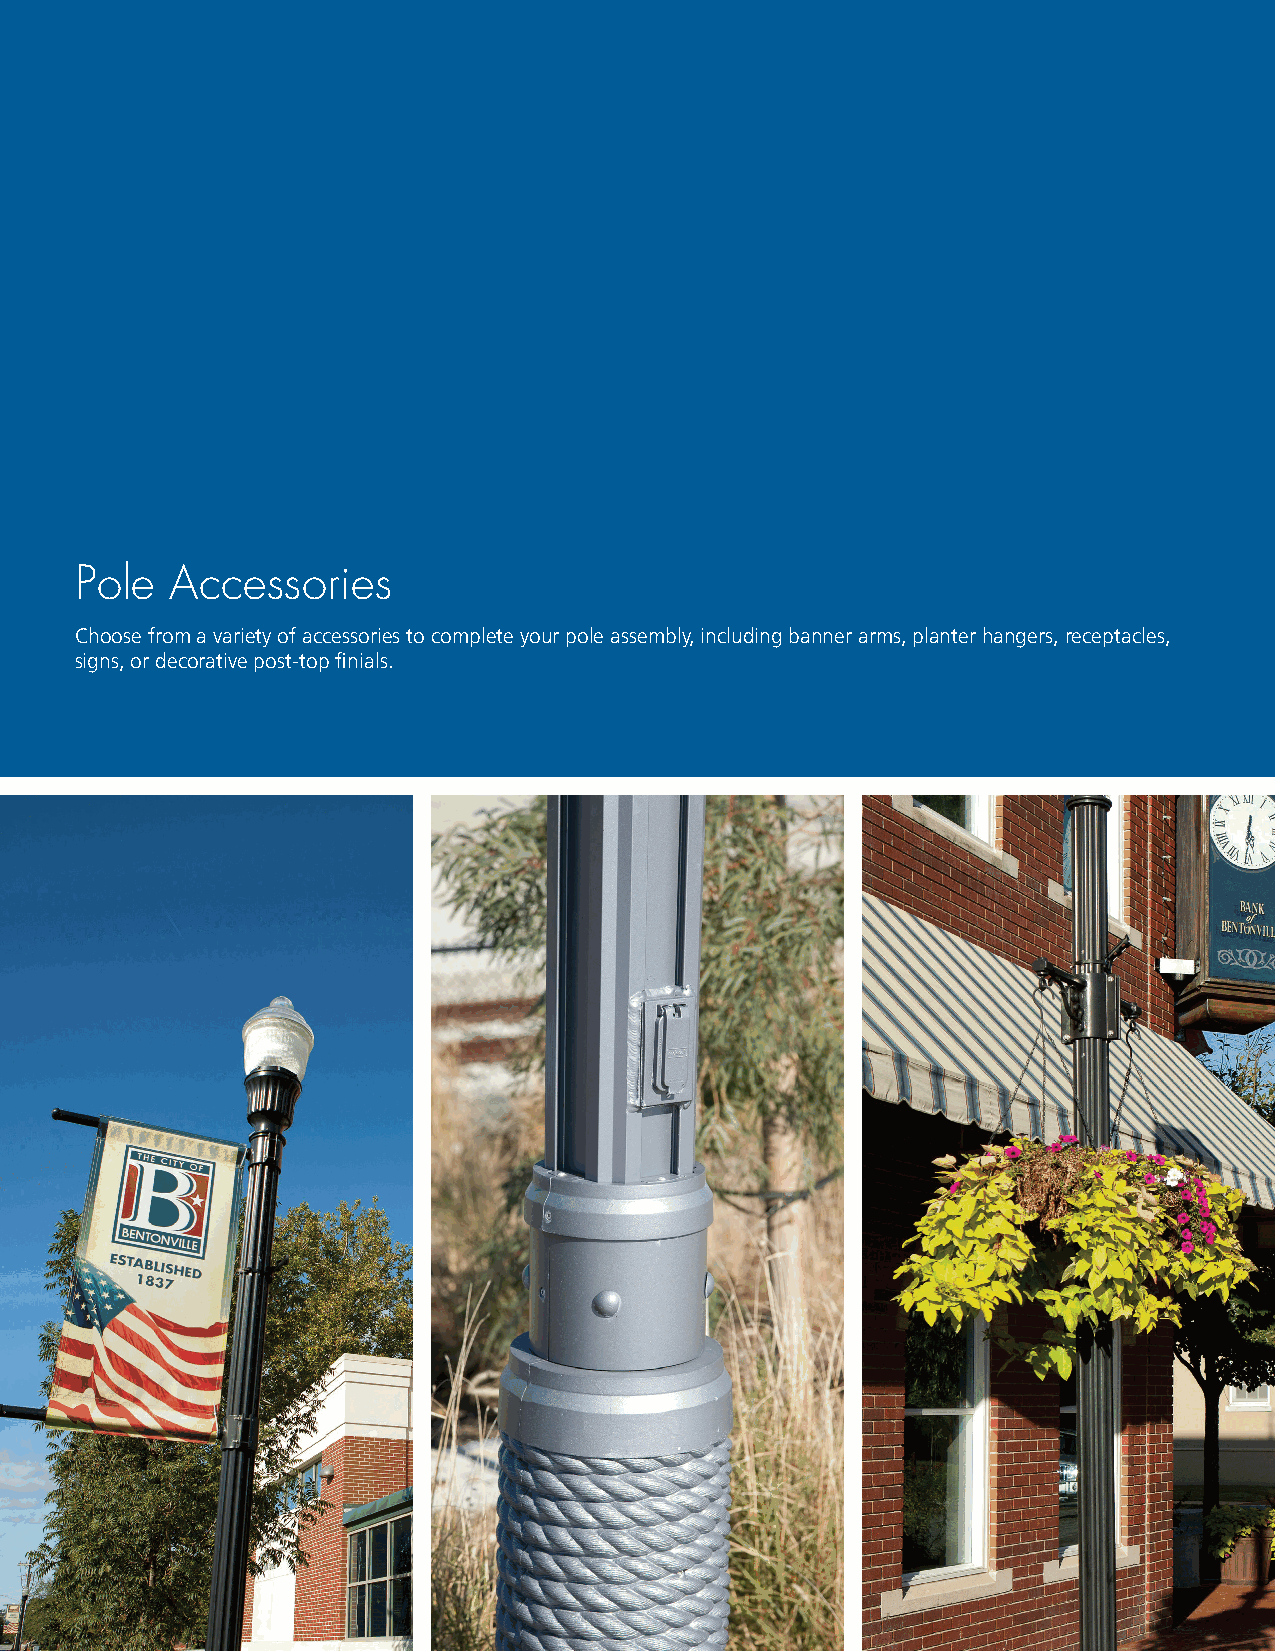
Pole  Accessories
 Pole  Accessories
 Choose from a variety of accessories to complete your pole assembly, including banner arms, planter hangers, receptacles,
 signs, or decorative post-top finials.